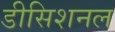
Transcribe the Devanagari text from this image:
डीसिशनल